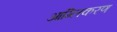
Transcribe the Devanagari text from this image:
आम्लिकरण